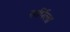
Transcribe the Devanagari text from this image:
सर्पिला